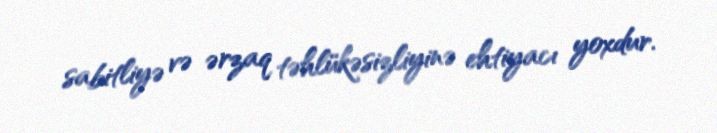
sabitliyə və ərzaq təhlükəsizliyinə ehtiyacı yoxdur.